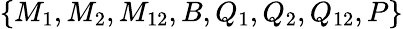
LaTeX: \{ M_{1},M_{2},M_{12},B,Q_{1},Q_{2},Q_{12},P\}